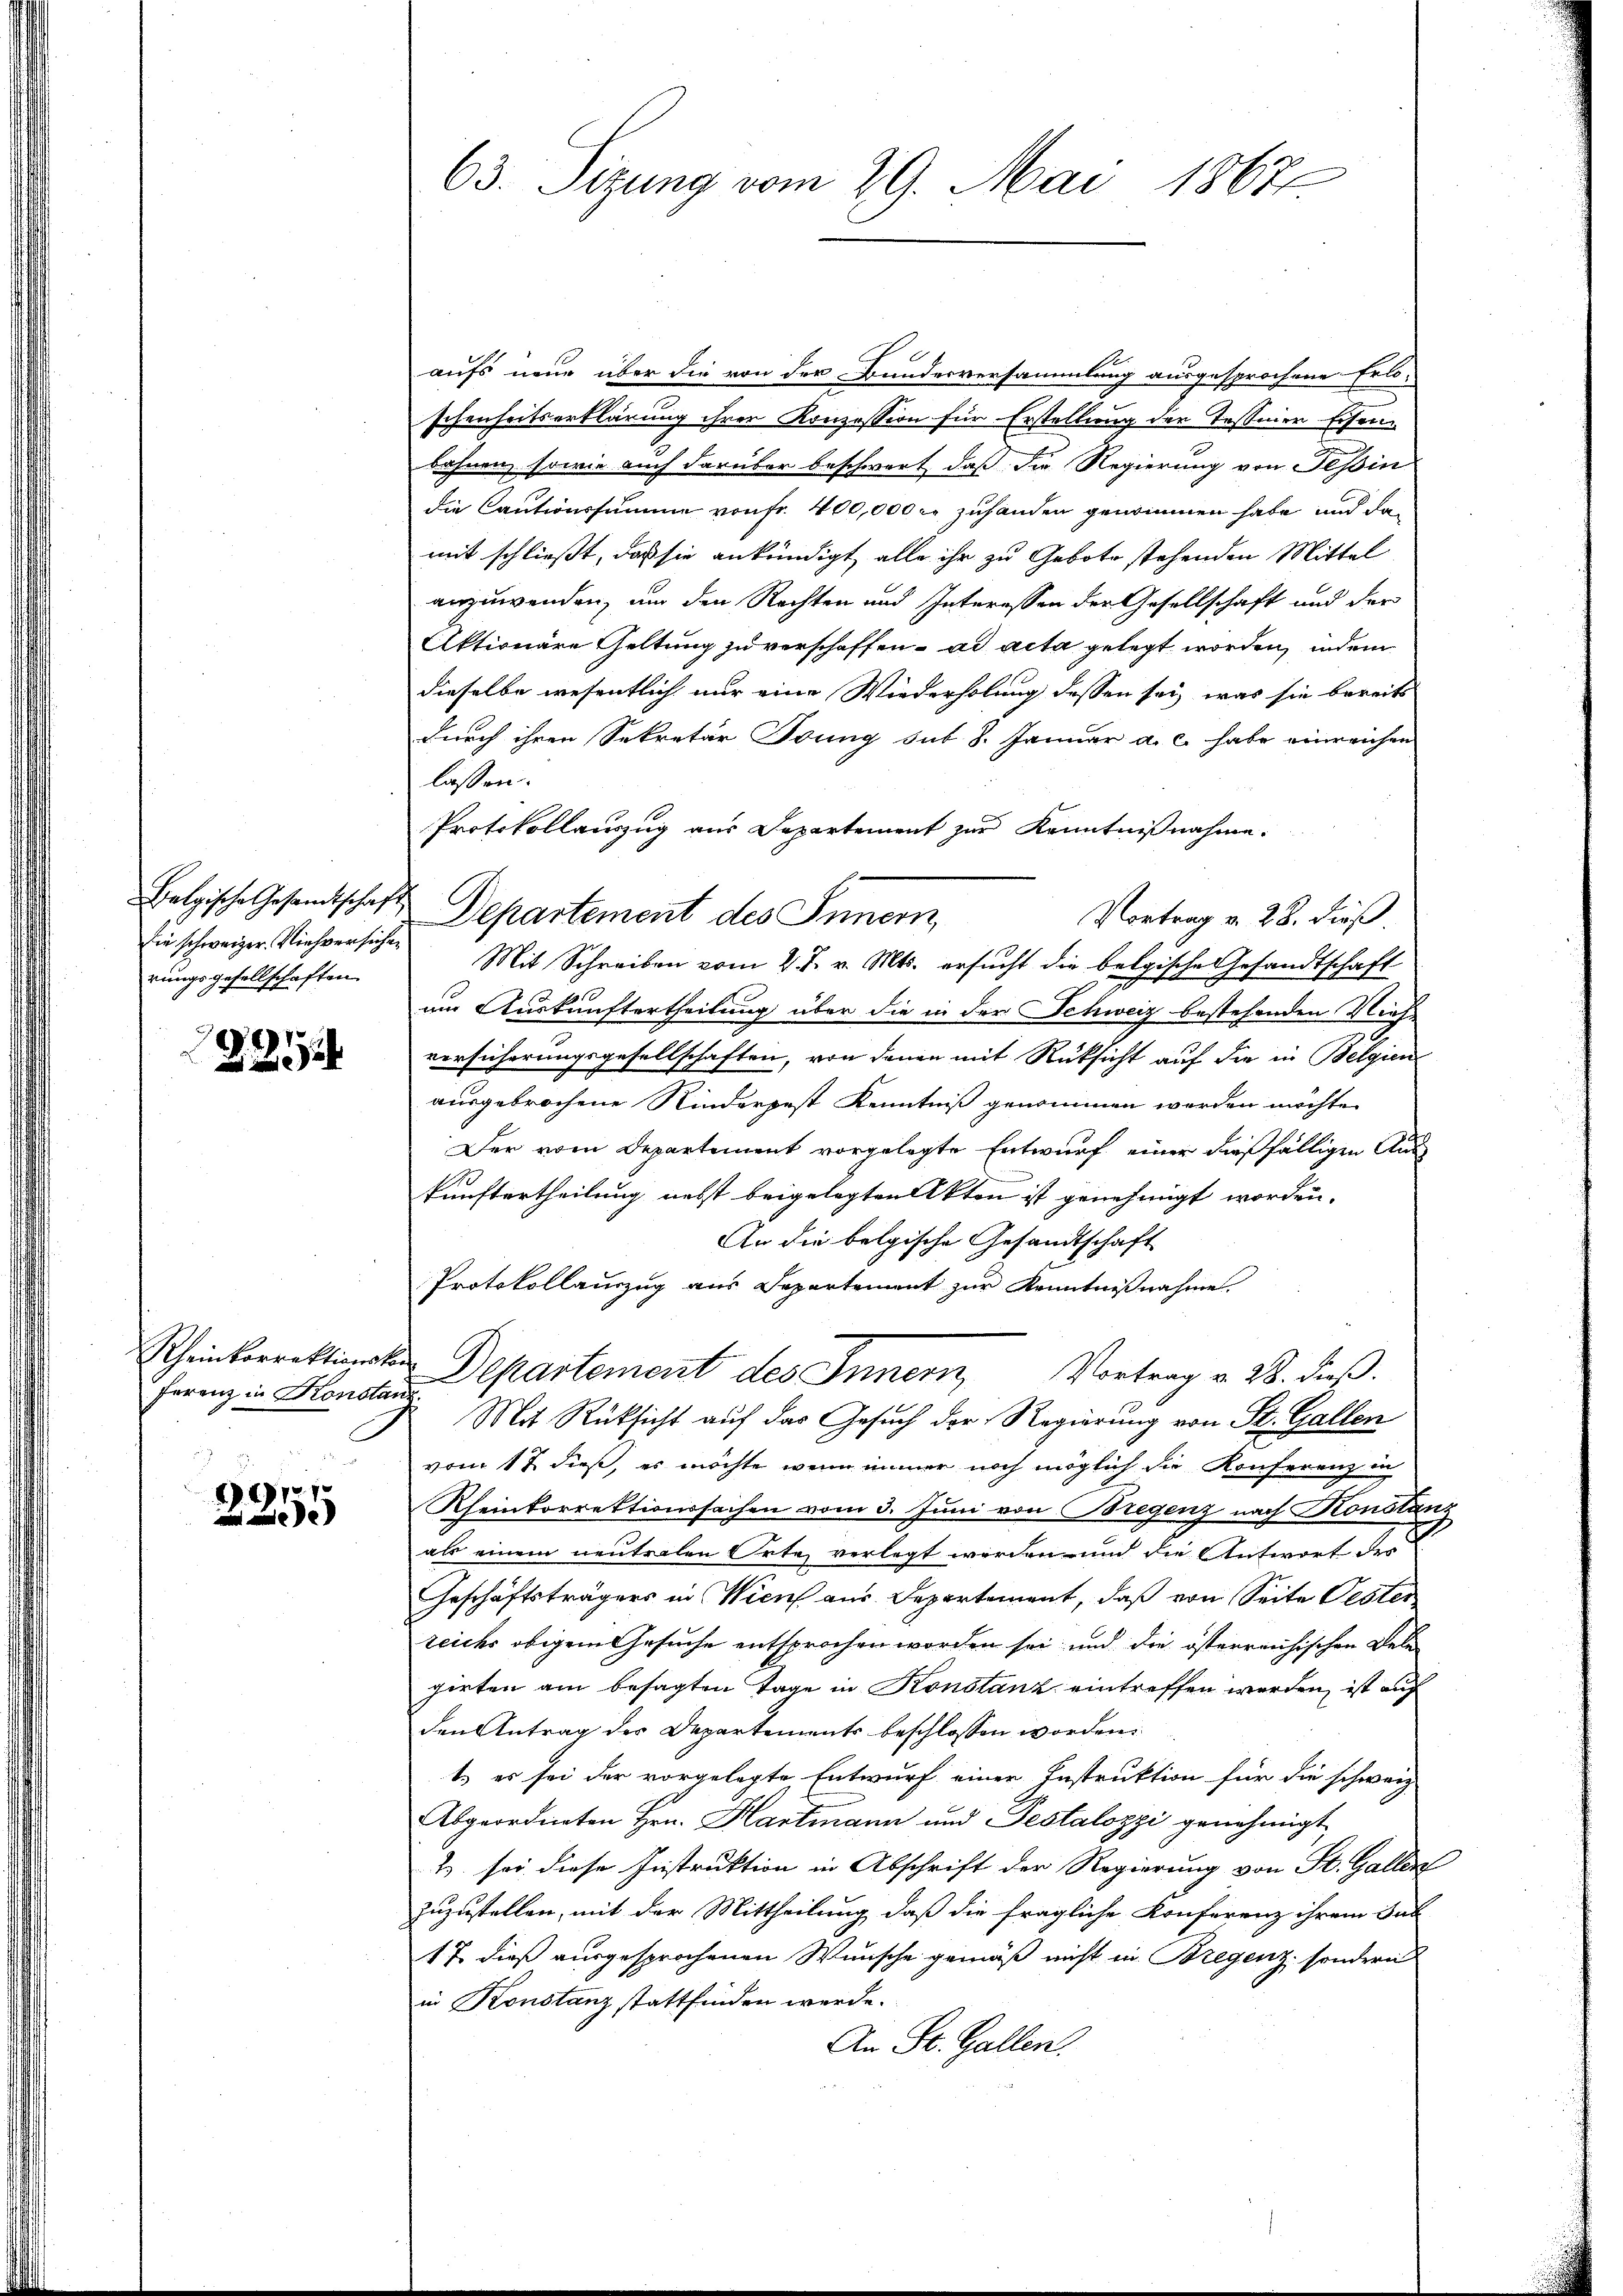
die schweizer. Viehversichen
rungsgesellschaften.

2254

Ferenz in Konstanz

1721

aufs neue über die von der Bundesversammlung ausgesprochene Erlo-
schenheitserklärung ihrer Konzession für Erstellung der Tessiner Eisen-
bahnen, sowie auch darüber beschwert, daß die Regierung von Tessin
die Cautionssumme von fr. 400,000 M zuhanden genommen habe und damit schließt, daß sie ankündigt, alle ihr zu Gebote stehenden Mittel
anzuwenden, um den Rechten und Interessen der Gesellschaft und der
Aktionäre Geltung zu verschaffen. ad acta gelegt worden, indem
dieselbe wesentlich nur eine Wiederholung dessen sei, was sie bereits
durch ihren Sekretär Trung sub 8. Januar a. c. habe einreichen
lassen.
Protokollauszug aus Departement zur Kenntnißnahme.
Vortrag v. 28. dieß
Mit Schreiben vom 2. J. v. Mts. ersucht die belgische Gesandtschaft
um Auskunftertheilung über die in der Schweiz bestehenden Nieh
versicherungsgesellschaften, von denen mit Rücksicht auf die in Belgien
ausgebrochene Rinderpest Kenntniß genommen werden möchte.
Der vom Departement vorgelegte Entwurf einer dießfälligen Auskunftertheilung nebst beigelegten Akten ist genehmigt worden.
An die belgische Gesandtschaft
Protokollauszug aus Separtement zur Kenntnißnahme
Rheinkorrektionsten Departement des Innern, Vortrag v. 28. dieß.
Mit Rüksicht auf das Gesuch der Regierung von St. Gallen
vom 17 dieß, es möchte, wenn immer noch möglich die Konferenze
Rheinkorrektionssachen vom 3. Juni von Bregenz nach Konstanz
als einem neutralen Orte verlegt worden und die Antwort des
Geschäftsträgers in Wien aus Departement, daß von Seite Oester
reichs obigem Gesuche entsprochen worden sei und die österreichischen Dele
girten am besagten Tage in Konstanz eintreffen werden, ist auf
den Antrag der Departements beschlossen worden.
t.) es sei der vorgelegte Entwurf einer Instruktion für die schwarz
Abgeordneten Hrn. Hartmann und Testalozzi genehmigt
B. sei diese Instruktion in Abschrift der Regierung von St. Gallen
zuzustellen, mit der Mittheilung, daß die fragliche Konferenz ihrem Sub
17. dieß ausgesprochenen Wunsche gemäß nicht in Bregenz, sondern
in Konstanz stattfinden werde.
An St. Gallen.

63. Sizung vom 29. Mai 1867.

Belgische Gesandtschaft Departement des Innern,